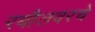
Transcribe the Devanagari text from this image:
रबौलवरचे